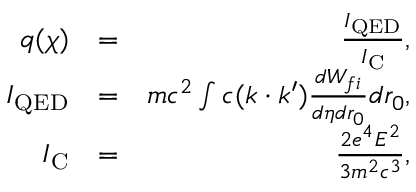
\begin{array} { r l r } { q ( \chi ) } & { = } & { \frac { I _ { \mathrm { Q E D } } } { I _ { \mathrm { C } } } , } \\ { I _ { \mathrm { Q E D } } } & { = } & { m c ^ { 2 } \int c ( k \cdot k ^ { \prime } ) \frac { d W _ { f i } } { d \eta d r _ { 0 } } d r _ { 0 } , } \\ { I _ { \mathrm { C } } } & { = } & { \frac { 2 e ^ { 4 } E ^ { 2 } } { 3 m ^ { 2 } c ^ { 3 } } , } \end{array}